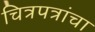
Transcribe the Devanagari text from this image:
चित्रपत्रांचा